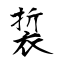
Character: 裚